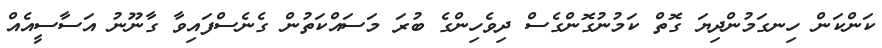
ކަންކަން ހިނގަމުންދިޔަ ގޮތް ކަމުނުގޮންގެސް ދިވެހިންގެ ބުރަ މަސައްކަތުން ގެނެސްފައިވާ ގާނޫނު އަސާސީއެއް